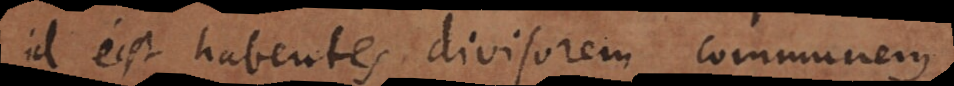
est habentes divisorem communem.